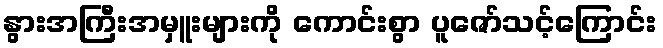
နွားအကြီးအမှူးများကို ကောင်းစွာ ပူဇော်သင့်ကြောင်း